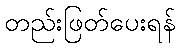
တည်းဖြတ်ပေးရန်